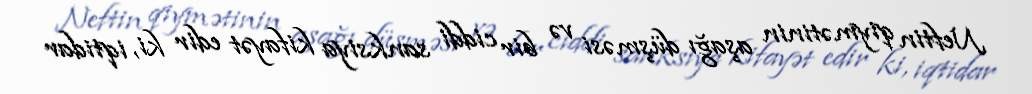
Neftin qiymətinin aşağı düşməsi və bir ciddi sanksiya kifayət edir ki, iqtidar